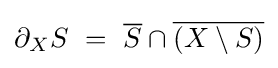
\partial _{X}S~=~{\overline {S}}\cap {\overline {(X\setminus S)}}